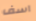
آسف